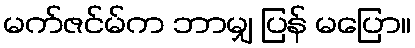
မက်ဇင်မ်က ဘာမျှ ပြန် မပြော။